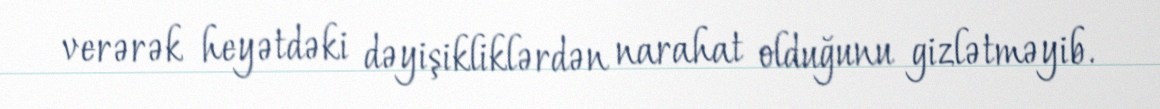
verərək heyətdəki dəyişikliklərdən narahat olduğunu gizlətməyib.